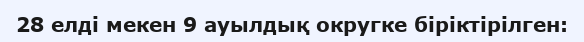
28 елді мекен 9 ауылдық округке біріктірілген: